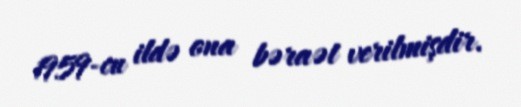
1959-cu ildə ona bəraət verilmişdir.